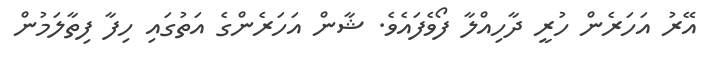
އޭރު އަހަރެން ހުރީ ދާހިއްލާ ފޯވެފައެވެ. ޝާން އަހަރެންގެ އަތުގައި ހިފާ ފިތާލަމުން